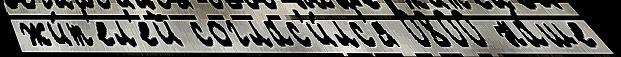
жи́т'ел'ей соглас'и́лс'я 0800 на́ше